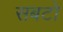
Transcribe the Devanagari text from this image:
सबटो